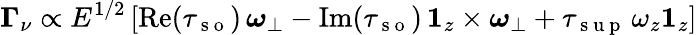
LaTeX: \boldsymbol{\Gamma}_{\nu}\propto E^{1/2}\left[\mathrm{Re}(\tau_{\mathrm{~s~o~}})\, \boldsymbol{\omega}_{\perp}-\mathrm{Im}(\tau_{\mathrm{~s~o~}})\, \boldsymbol{1}_{z}\times\boldsymbol{\omega}_{\perp}+\tau_{\mathrm{~s~u~p~}}\, \omega_{z}\boldsymbol{1}_{z}\right]